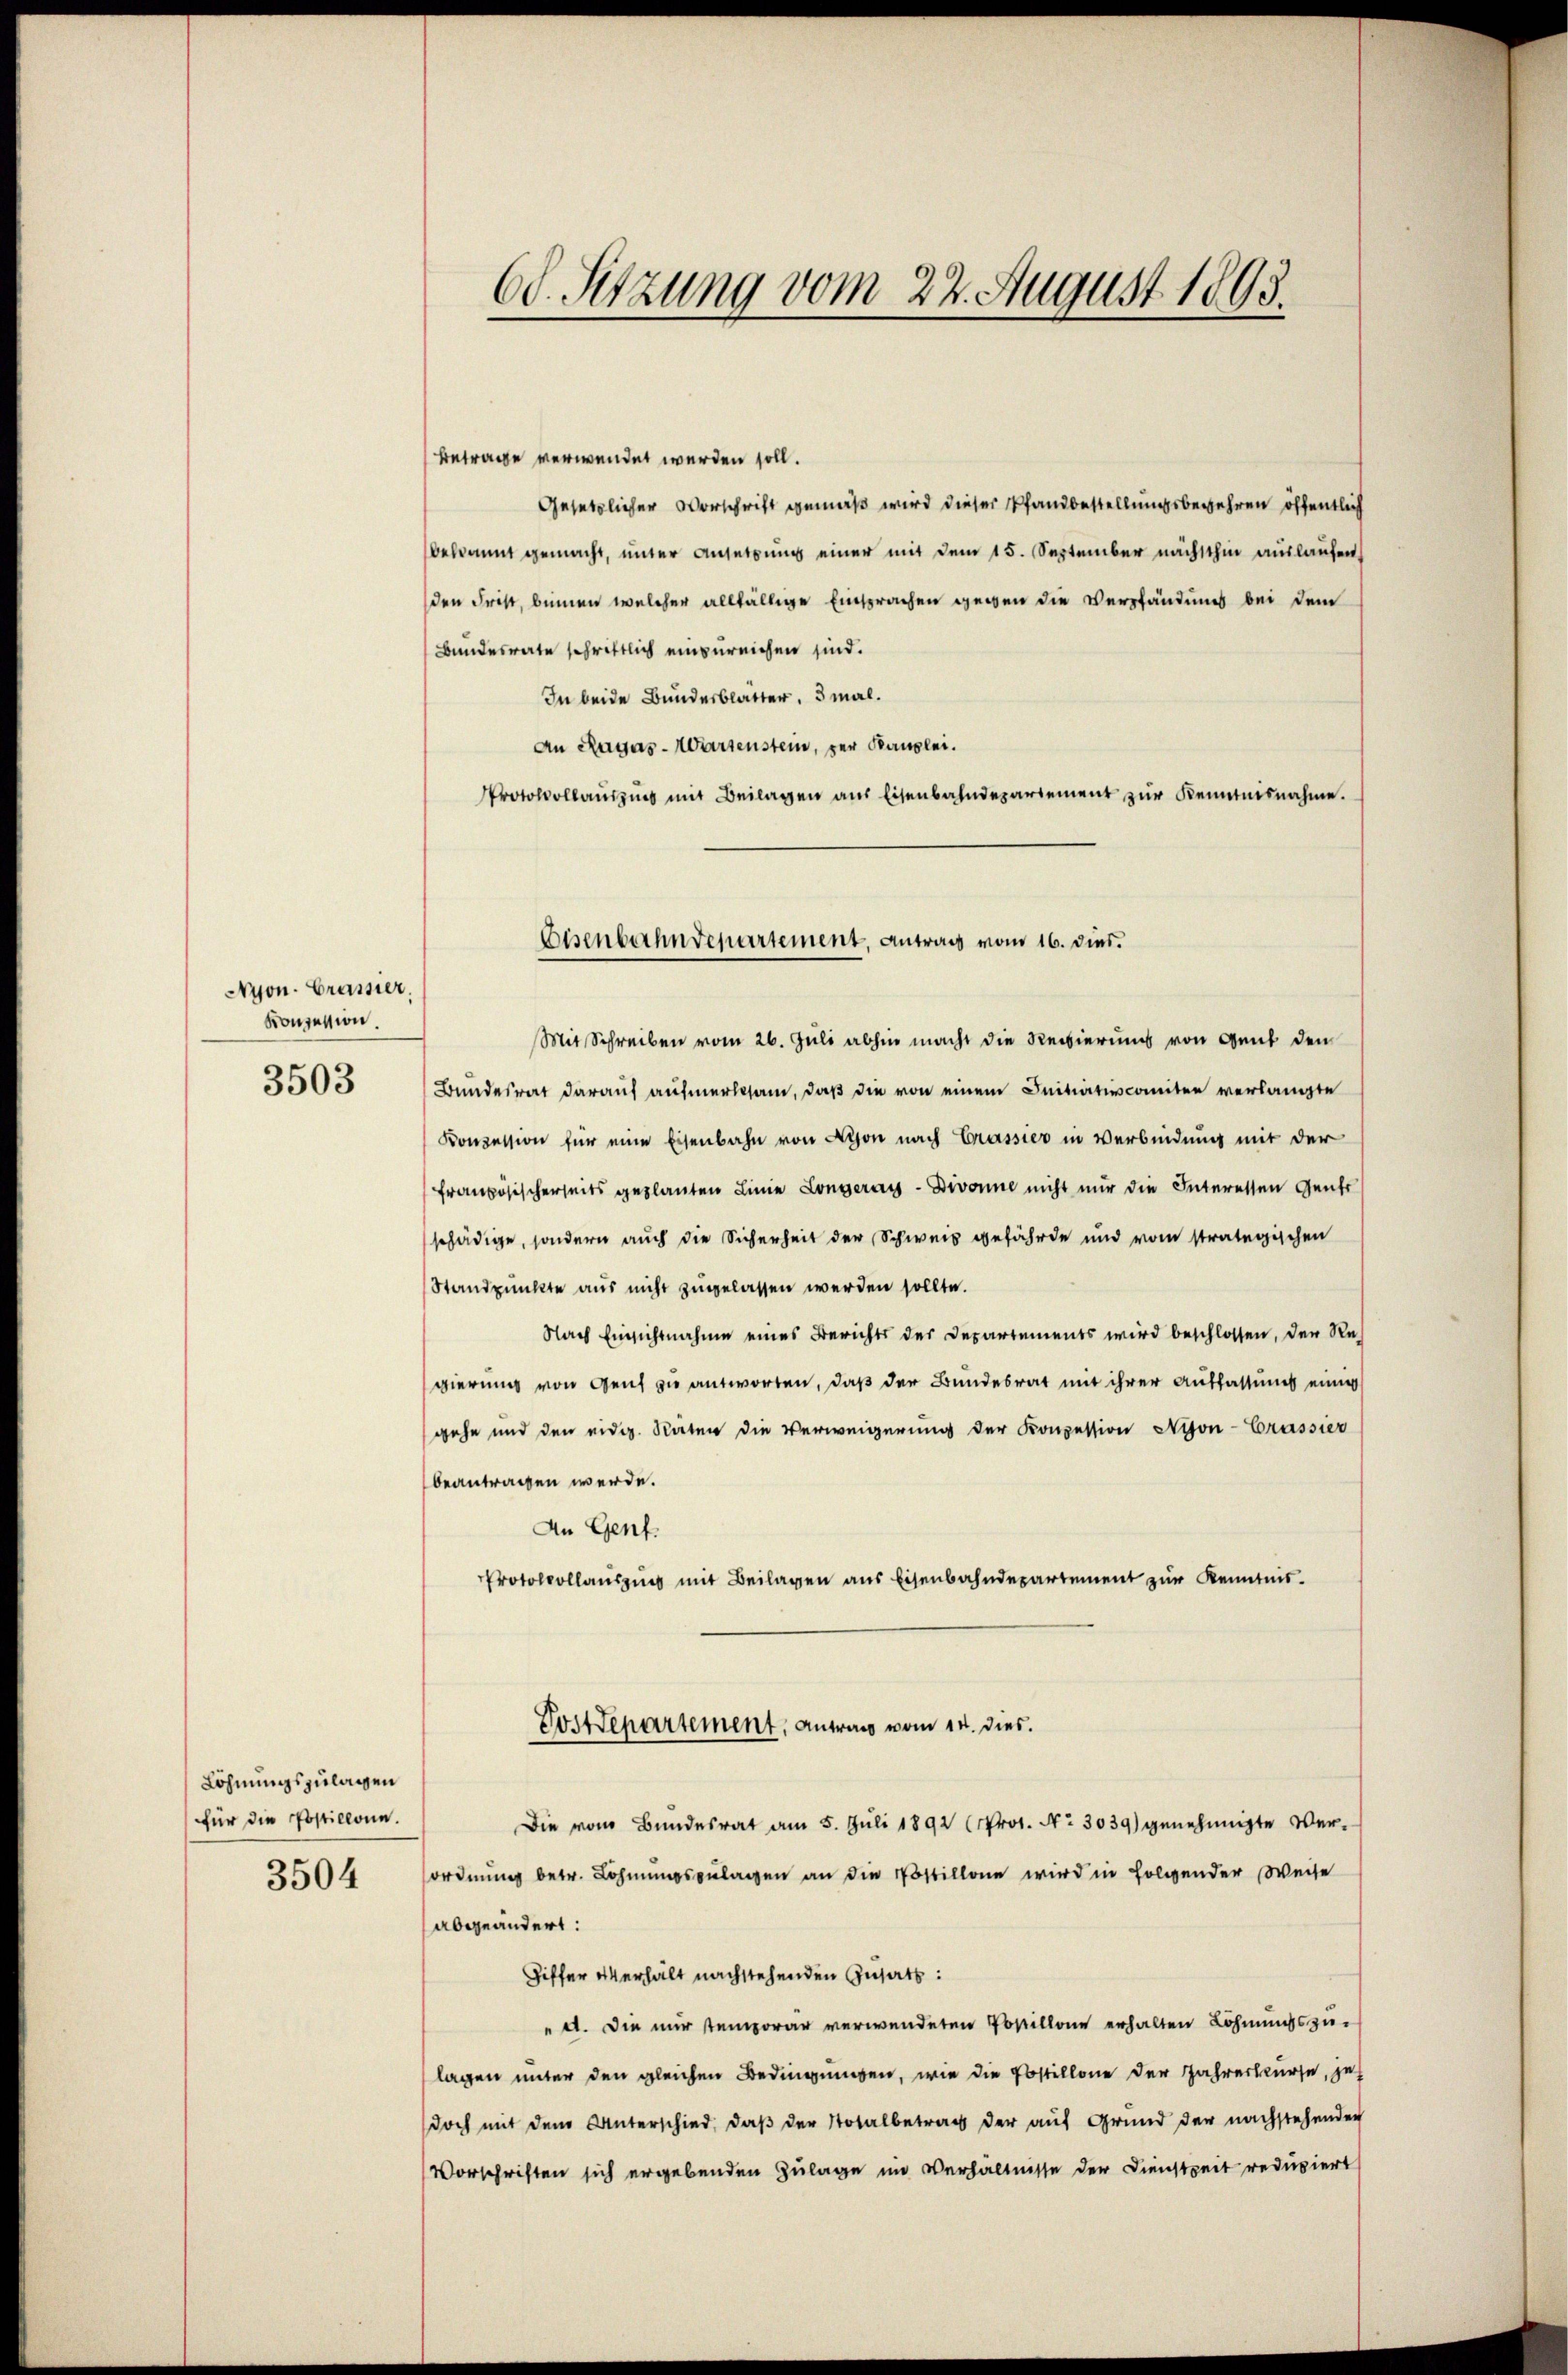
Nyon. Grassier
Konzession
3503

Löhnungszulagen
für die Postillonn.
3504

Betrage verwendet werden soll.
Gesetzlicher Vorschrift gemäß wird dieser Pfandbestellungsbegehren öffentlich
bekommt gemacht, unter Ansetzung einer mit dem 15. September nächsthin auslaufen
den Frist, binnen welcher allfällige Einsprachen gegen die Verpfändung bei dem
Bundesrate schriftlich einzureichen sind.
In beide Bundesblatter, 3 mal.
An Ragas-Wartenstein, per Kanzlei.
Protokollaŭszŭg mit Beilagen aus Eisenbahndepartement zŭr Kenntnisnahme.

60. Sitzung vom 22. August 1893.

Eisenbahndepartement, Antrag vom 16. dies.

Mit Schreiben vom 26. Juli abhin macht die Reibierung von Gent den
Bundesrat darauf aufmerksam, daß die von einem Initiativcomiten verlangte
Konzession für eine Eisenbahn von Nyon nach Grassier in Verbindung mit der
französischerseits geplauten Linie Longeraus - Divonne nicht nur die Interessen Gener
schädige, sondern auch die Sicherheit der Schweiz gefährde und vom strategischen
Standpunkte aus nicht zugelassen werden sollte.
Nach Einsichtnahme eines Berichts der Departements wird beschlossen, der Regierung von Genf zu antworten, daß der Bundesrat mit ihrer Auffassung einig
gehe und den eidg. Stäten die Verweigerung der Konzession Nyon-Crassier
beantragen werde.
An Genf.
Protokollausung mit Beilagen aus Eisenbahndepartement zur Kenntnis-
Postdepartement, antrag vom 14. dies
Die vom Bundesrat am 5. Juli 1892 (Prot. No 3039) genehmigte Verordnŭng betr. Löhnungszulagen an die Postillone wird in folgender Weise
abgeändert:
Differ verhält nachstehenden Zusatz:
". Die mir temporar verwendeten Postillone erhalten Löhnungszulagen unter den gleichen Bedingungen, wie die Postillone der Jahreskurse, jet
doch mit dem Unterschied, daß der Totalbetrag der auf Grund der nachstehenden
Vorschriften sich ergebenden Zulage im Verhältnisse der Dienstzeit redupiert